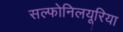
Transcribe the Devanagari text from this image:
सल्फोनिलयूरिया